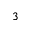
^ { 3 }